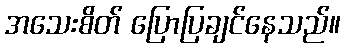
အသေးစိတ် ပြောပြချင်နေသည်။